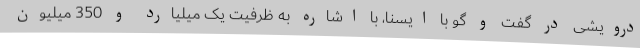
درویشی در گفت و گو با ایسنا، با اشاره به ظرفیت یک میلیارد و 350 میلیون